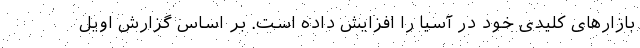
بازارهای کلیدی خود در آسیا را افزایش داده است. بر اساس گزارش اویل